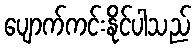
ပျောက်ကင်းနိုင်ပါသည်